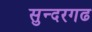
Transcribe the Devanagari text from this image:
सुन्दरगढ